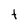
Character: t